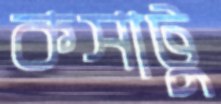
কসাটু